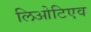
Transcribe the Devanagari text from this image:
लिओटिएव